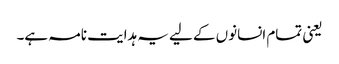
یعنی تمام انسانوں کے لیے یہ ہدایت نامہ ہے۔